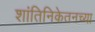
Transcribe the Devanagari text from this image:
शांतिनिकेतनच्या